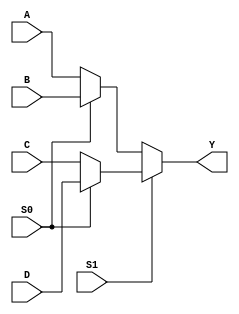
module MUX41a_v2(A,B,C,D,S1,S0,Y);
	input A,B,C,D,S1,S0;
	output Y;
	//S0=1AT=DS0=0AT=C
	wire AT = S0 ? D : C;
	//S0=1AT=BS0=0AT=A
	wire BT = S0 ? B : A;
	//S1=1Y=ATS1=0Y=BT
	wire Y =(S1 ? AT : BT);
endmodule